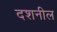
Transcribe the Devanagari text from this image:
दशनील